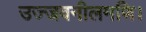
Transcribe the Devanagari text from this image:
उज्जवनीलमणि।